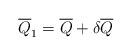
LaTeX: \begin{align*}\overline{Q}_1=\overline{Q}+\delta \overline{Q}\end{align*}